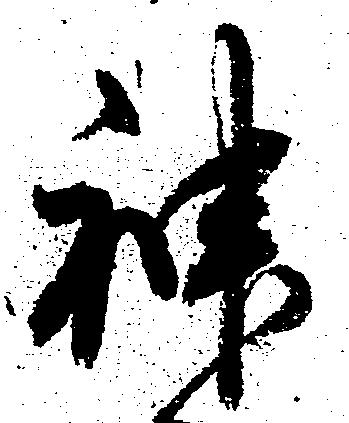
神